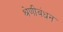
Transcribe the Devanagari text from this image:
श्रेणीबंधन